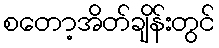
စတော့အိတ်ချိန်းတွင်